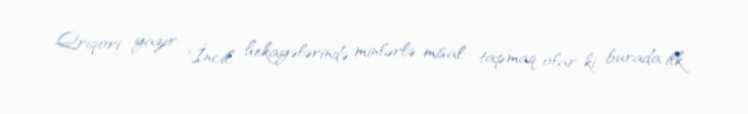
Qriqori yazır: "İncil hekayələrində minlərlə misal tapmaq olar ki, burada ilk